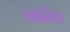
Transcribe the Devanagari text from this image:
श्वाबिश